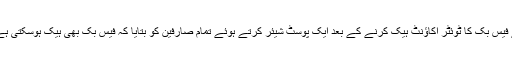
گزشتہ روز ہیکنگ گروپ اور مائن(Our Mine) نے فیس بک کا ٹوئٹر اکاؤنٹ ہیک کرنے کے بعد ایک پوسٹ شیئر کرتے ہوئے تمام صارفین کو بتایا کہ فیس بک بھی ہیک ہوسکتی ہے مگر اس کی کم از کم ٹوئٹر سے بہتر سیکیورٹی ہے۔